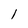
Character: 1